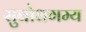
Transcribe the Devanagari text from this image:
सुबोधगम्य